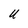
Character: U